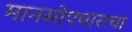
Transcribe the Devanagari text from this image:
मानसोपचाराचा